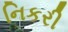
નિકરી